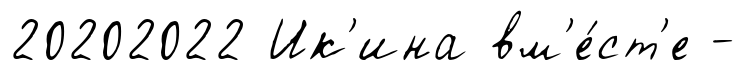
20202022 Ик'ина вм'е́ст'е -